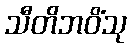
သီတိဘဝိံသု